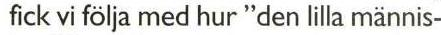
fick vi följa med hur "den lilla männis-